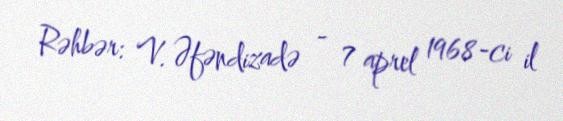
Rəhbər: V. Əfəndizadə - 7 aprel 1968-ci il